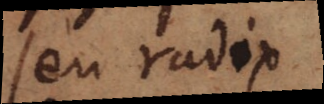
seu radix